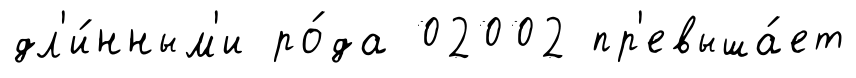
дл'и́нным'и ро́да 02002 пр'евыша́ет